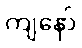
ကျနော်